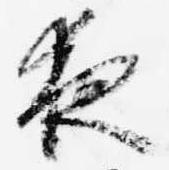
夜